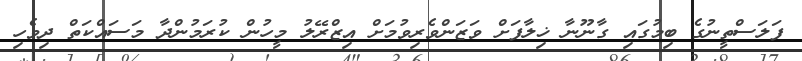
ފަލަސްތީނުގެ ބިމުގައި ގާނޫނާ ޚިލާފަށް ވަޒަންވެރިވުމަށް އިޒްރޭލު މީހުން ކުރަމުންދާ މަސައްކަތް ދިވެހި